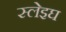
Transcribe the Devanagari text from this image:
स्लेइघ